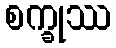
စက္ခုဿ